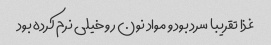
غذا تقریبا سرد بود و مواد نون رو خیلی نرم کرده بود